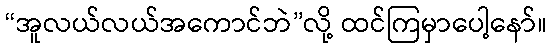
“အူလယ်လယ်အကောင်ဘဲ”လို့ ထင်ကြမှာပေါ့နော်။